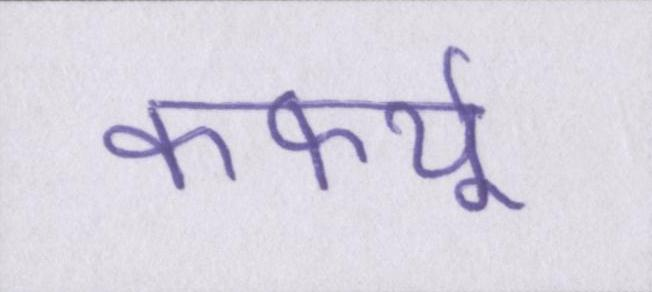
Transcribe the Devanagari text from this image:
कर्फ्यू